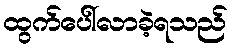
ထွက်ပေါ်လာခဲ့ရသည်